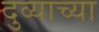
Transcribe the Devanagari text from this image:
दुव्याच्या